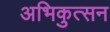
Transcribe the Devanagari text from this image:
अभिकुत्सन